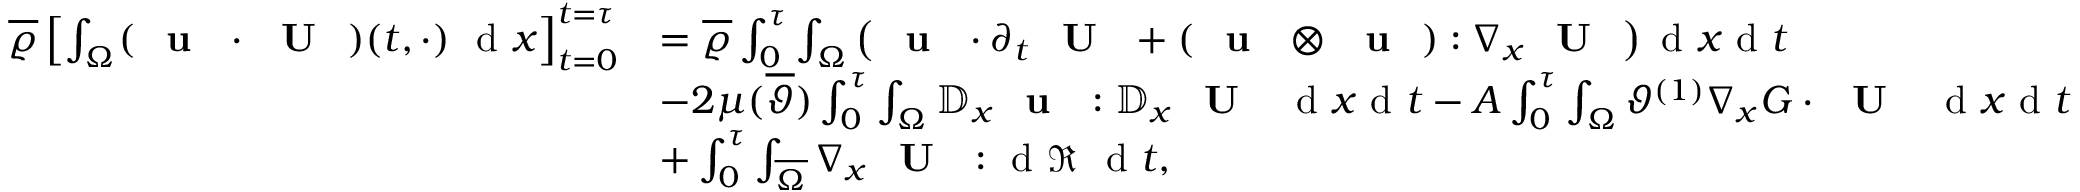
\begin{array} { r l } { \overline { { \varrho } } \left[ \int _ { \Omega } ( \textbf { \textup { u } } \cdot \textbf { \textup { U } } ) ( t , \cdot ) \ \textup { d } x \right] _ { t = 0 } ^ { t = \tau } } & { = \overline { { \varrho } } \int _ { 0 } ^ { \tau } \int _ { \Omega } \left( \textbf { \textup { u } } \cdot \partial _ { t } \textbf { \textup { U } } + ( \textbf { \textup { u } } \otimes \textbf { \textup { u } } ) : \nabla _ { x } \textbf { \textup { U } } \right) \textup { d } x \textup { d } t } \\ & { - 2 \mu ( \overline { { \vartheta } } ) \int _ { 0 } ^ { \tau } \int _ { \Omega } \mathbb { D } _ { x } \textbf { \textup { u } } : \mathbb { D } _ { x } \textbf { \textup { U } } \ \textup { d } x \textup { d } t - A \int _ { 0 } ^ { \tau } \int _ { \Omega } \vartheta ^ { ( 1 ) } \nabla _ { x } G \cdot \textbf { \textup { U } } \ \textup { d } x \textup { d } t } \\ & { + \int _ { 0 } ^ { \tau } \int _ { \overline { { \Omega } } } \nabla _ { x } \textbf { \textup { U } } : \textup { d } \mathfrak { R } \ \textup { d } t , } \end{array}